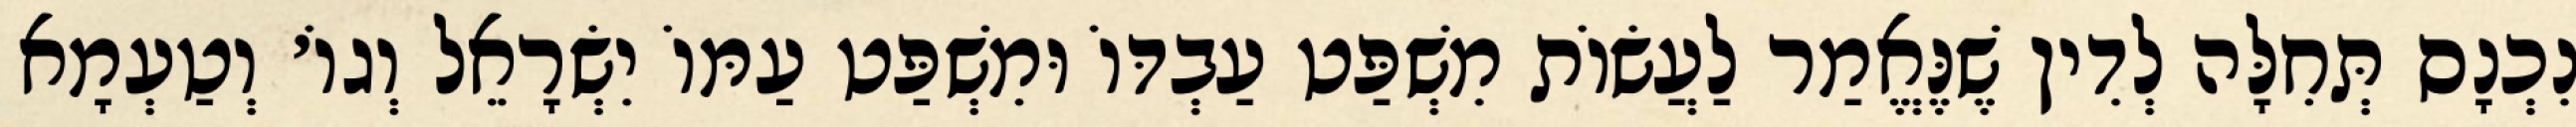
נִכְנָס תְּחִלָּה לְדִין שֶׁנֶּאֱמַר לַעֲשׂוֹת מִשְׁפַּט עַבְדּוֹ וּמִשְׁפַּט עַמּוֹ יִשְׂרָאֵל וְגוֹ׳ וְטַעְמָא